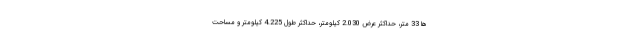
ها 33 متر، حداکثر عرض 2.030 کیلومتر، حداکثر طول 4.225 کیلومتر و مساحت